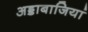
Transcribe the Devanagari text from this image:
अड्डाबाजियां